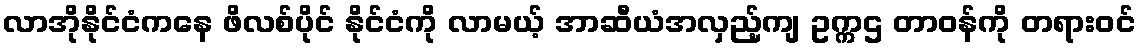
လာအိုနိုင်ငံကနေ ဖိလစ်ပိုင် နိုင်ငံကို လာမယ့် အာဆီယံအလှည့်ကျ ဥက္ကဌ တာဝန်ကို တရားဝင်